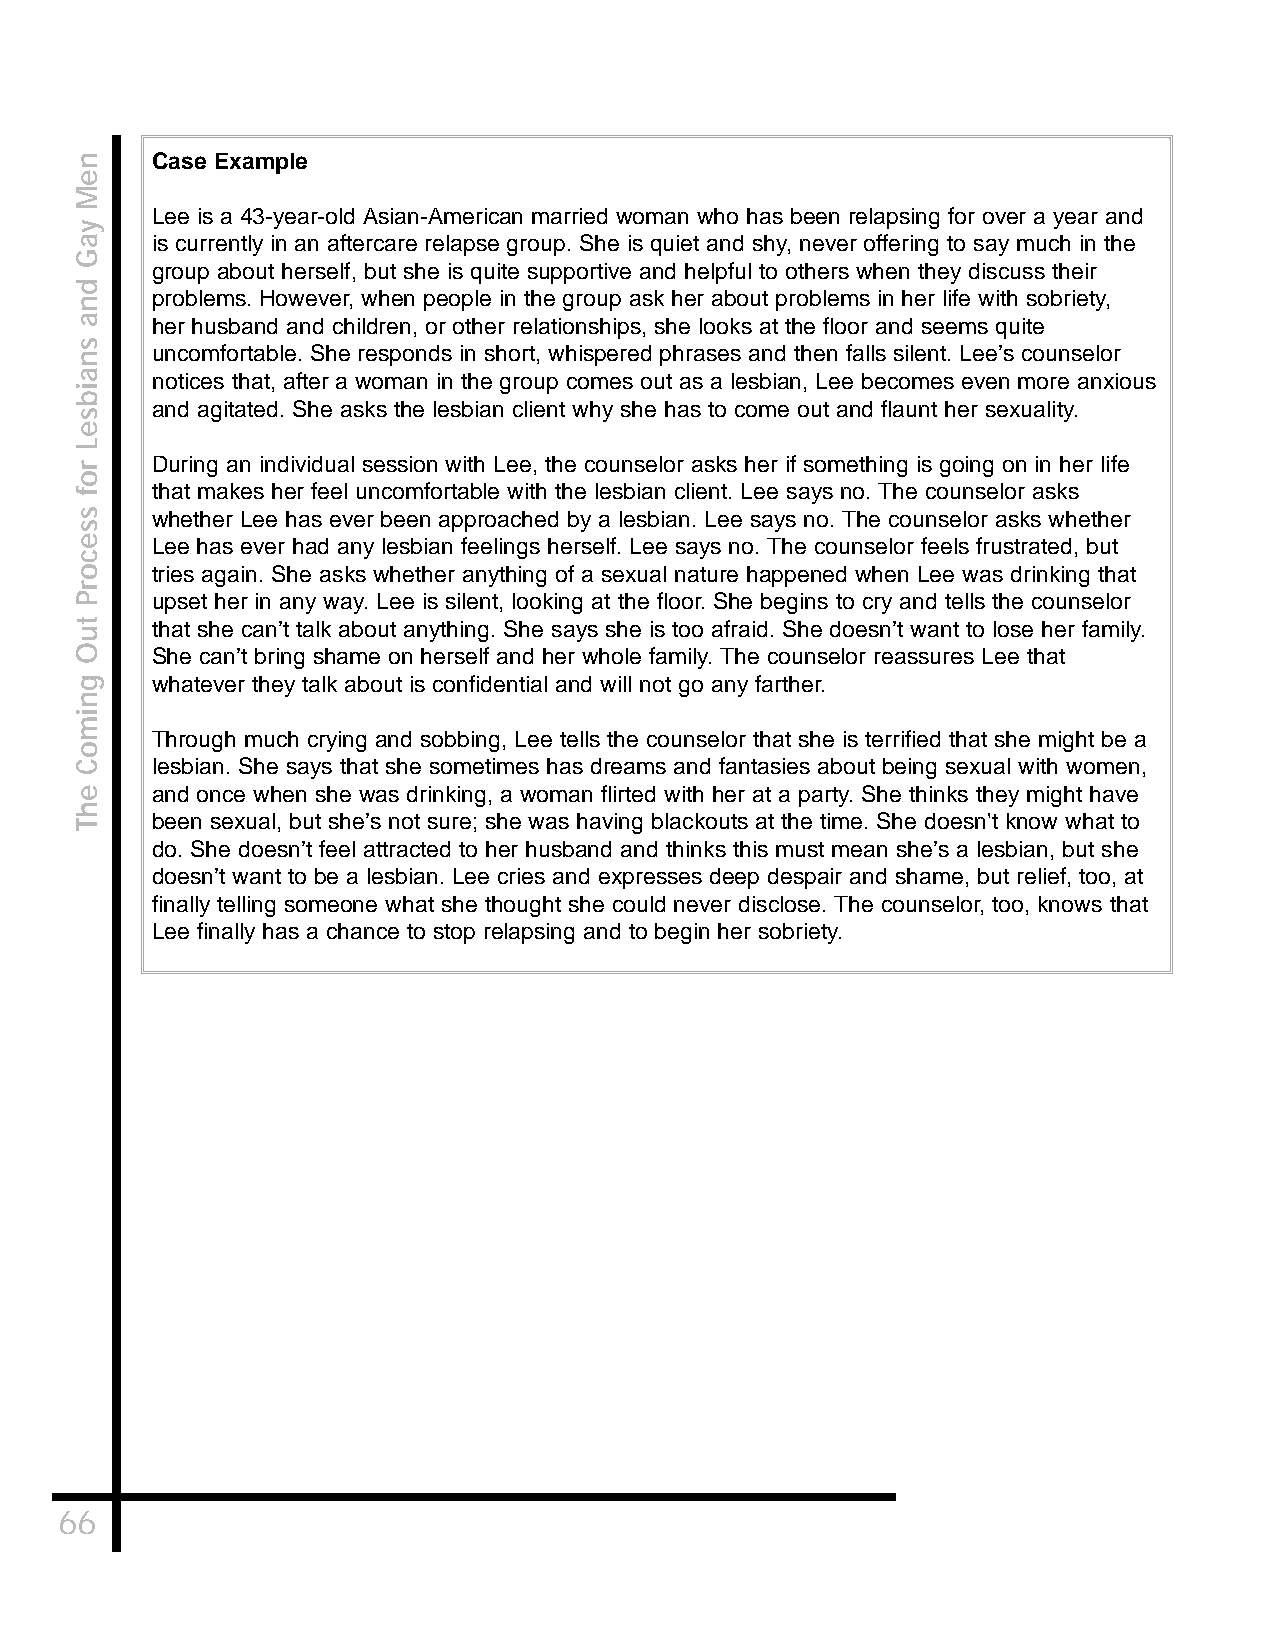
Case Example
 Lee is a 43-year-old Asian-American married woman who has been relapsing for over a year and
 is currently in an aftercare relapse group. She is quiet and shy, never offering to say much in the
 group about herself, but she is quite supportive and helpful to others when they discuss their
 problems. However, when people in the group ask her about problems in her life with sobriety,
 her husband and children, or other relationships, she looks at the floor and seems quite
 uncomfortable. She responds in short, whispered phrases and then falls silent. Lee’s counselor
 notices that, after a woman in the group comes out as a lesbian, Lee becomes even more anxious
 and agitated. She asks the lesbian client why she has to come out and flaunt her sexuality.
 During an individual session with Lee, the counselor asks her if something is going on in her life
 that makes her feel uncomfortable with the lesbian client. Lee says no. The counselor asks
 whether Lee has ever been approached by a lesbian. Lee says no. The counselor asks whether
 Lee has ever had any lesbian feelings herself. Lee says no. The counselor feels frustrated, but
 tries again. She asks whether anything of a sexual nature happened when Lee was drinking that
 upset her in any way. Lee is silent, looking at the floor. She begins to cry and tells the counselor
 that she can’t talk about anything. She says she is too afraid. She doesn’t want to lose her family.
 She can’t bring shame on herself and her whole family. The counselor reassures Lee that
 whatever they talk about is confidential and will not go any farther.
 Through much crying and sobbing, Lee tells the counselor that she is terrified that she might be a
 lesbian. She says that she sometimes has dreams and fantasies about being sexual with women,
 and once when she was drinking, a woman flirted with her at a party. She thinks they might have
 been sexual, but she’s not sure; she was having blackouts at the time. She doesn't know what to
 do. She doesn’t feel attracted to her husband and thinks this must mean she’s a lesbian, but she
 doesn’t want to be a lesbian. Lee cries and expresses deep despair and shame, but relief, too, at
 finally telling someone what she thought she could never disclose. The counselor, too, knows that
 Lee finally has a chance to stop relapsing and to begin her sobriety.
 66
 neM
 yaG
 dna
 snaibseL
 rof
 ssecorP
 tuO
 gnimoC
 ehT